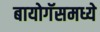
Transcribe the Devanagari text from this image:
बायोगॅसमध्ये